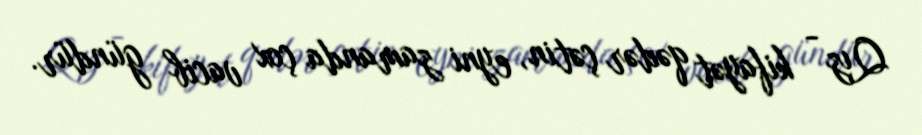
Qız - kifayət qədər çətin, eyni zamanda çox vacib gündür.